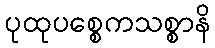
ပုထုပစ္စေကသစ္စာနိ